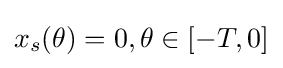
x_{s}(\theta )=0,\theta \in [-T,0]